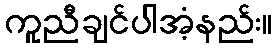
ကူညီချင်ပါအံ့နည်း။